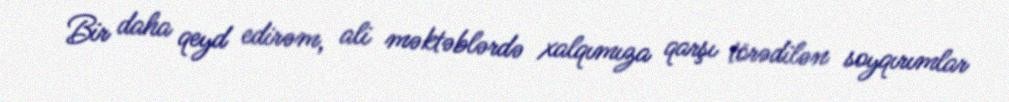
Bir daha qeyd edirəm, ali məktəblərdə xalqımıza qarşı törədilən soyqırımlar